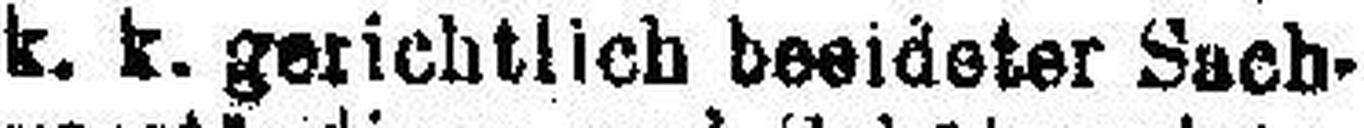
k. k. gerichtlich beeideter Sach¬